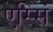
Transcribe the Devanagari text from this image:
एस्सिं